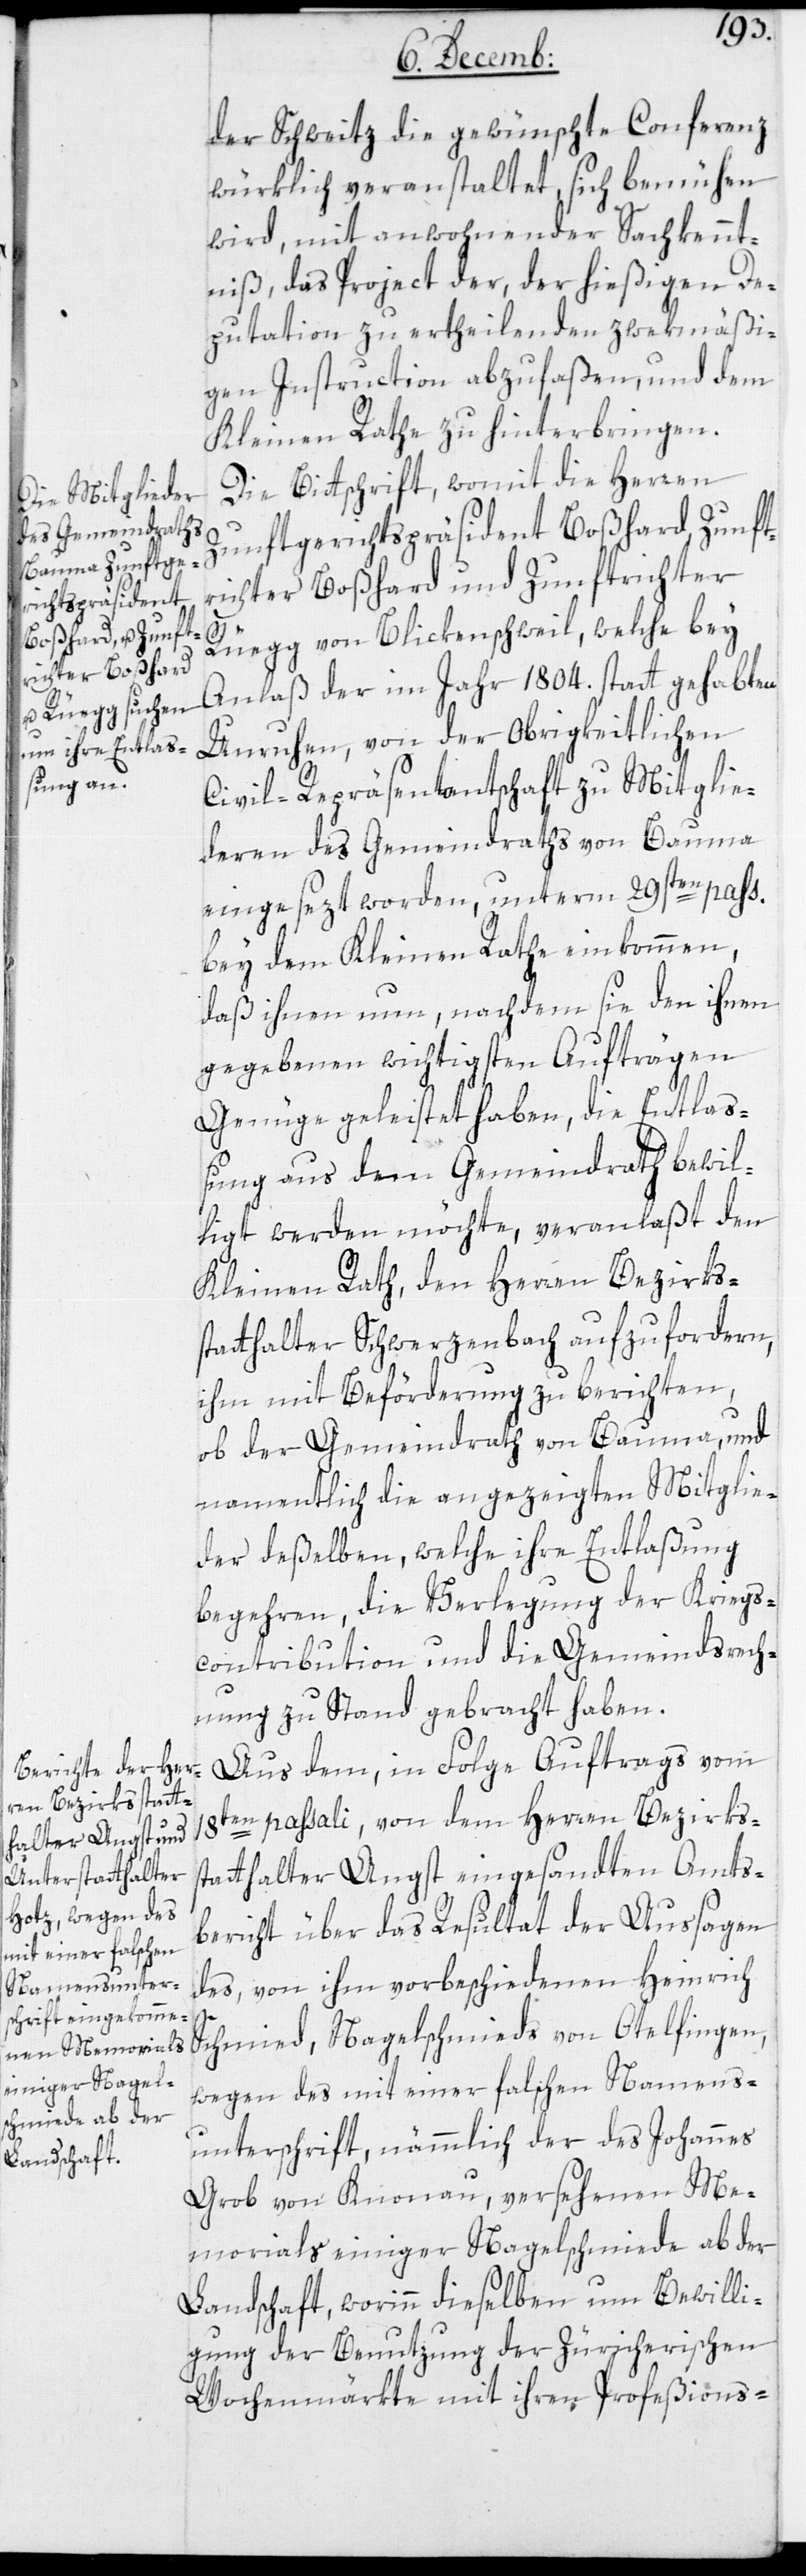
der Schweitz die gewünschte Conferenz
würklich veranstaltet, sich bemühen
wird, mit anwohnender Sachkennt¬
niß, das Projekt der, der hießigen De¬
putation zu ertheilenden zwekmäßi¬
gen Instruction abzufaßen, und dem
Kleinen Rathe zu hinterbringen.
Die Bittschrift, womit die Herren
Zunftgerichtspräsident Boßhard, Zunft¬
richter Boßhard und Zunftrichter
Rüegg von Bliggenschweil, welche bey
Anlaß der im Jahr 1804. statt gehabten
Unruhen, von der Obrigkeitlichen
Civil-Repräsentantschaft zu Mitglie¬
deren des Gemeindraths von Bauma
eingesezt worden, unterm 29sten pass:
bey dem Kleinen Rathe einkommen,
daß ihnen nun, nachdem sie den ihnen
gegebenen wichtigsten Aufträgen
Genüge geleistet haben, die Entlaß¬
ung aus dem Gemeindrath bewil¬
ligt werden möchte, veranlaßt den
Kleinen Rath, den Herren Bezirks¬
statthalter Schwerzenbach aufzufordern,
ihm mit Beförderung zu berichten,
ob der Gemeindrath von Bauma und
namentlich die angezeigten Mitglie¬
der deßelben, welche ihre Entlaßung
begehren, die Verlegung der Kriegs¬
contribution und die Gemeindsrech¬
nung zu Stand gebracht haben.
Aus dem, in Folge Auftrags vom
18ten passati, von dem Herren Bezirks¬
statthalter Angst eingesandten Amts¬
bericht über das Resultat der Aussagen
des, von ihm vorbeschiedenen Heinrich
Schmied, Nagelschmieds von Otelfingen,
wegen des mit einer falschen Namens¬
unterschrift, nämmlich der des Johannes
Grob von Knonau, versehenen Me¬
morials einiger Nagelschmiede ab der
Landschaft, worinn dieselben um Bewilli¬
gung der Benutzung der Züricherischen
Wochenmärkte mit ihren Profeßions-